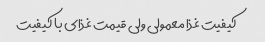
کیفیت غذا معمولی ولی قیمت غذای با کیفیت